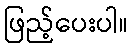
ဖြည့်ပေးပါ။